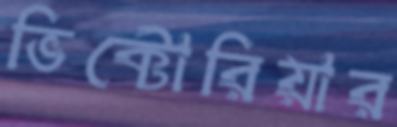
ভিক্টোরিয়ার